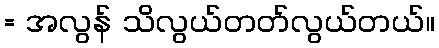
= အလွန် သိလွယ်တတ်လွယ်တယ်။